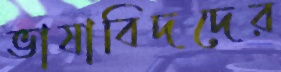
ভাষাবিদদের